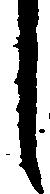
し